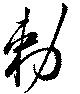
勅